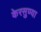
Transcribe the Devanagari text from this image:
केरसुण्या